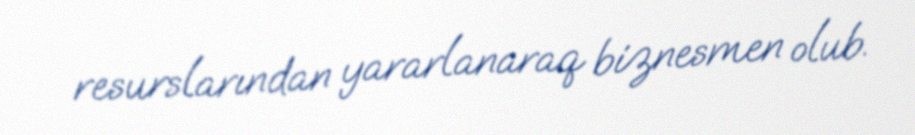
resurslarından yararlanaraq biznesmen olub.